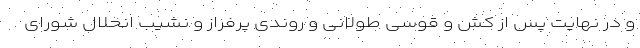
و در نهایت پس از کش و قوسی طولانی و روندی پرفراز و نشیب انحلال شورای